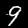
Label: 9